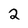
Character: 2